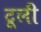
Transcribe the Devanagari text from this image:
टूली